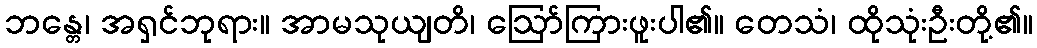
ဘန္တေ၊ အရှင်ဘုရား။ အာမသုယျတိ၊ ဩော်ကြားဖူးပါ၏။ တေသံ၊ ထိုသုံးဦးတို့၏။